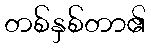
တစ်နှစ်တာ၏